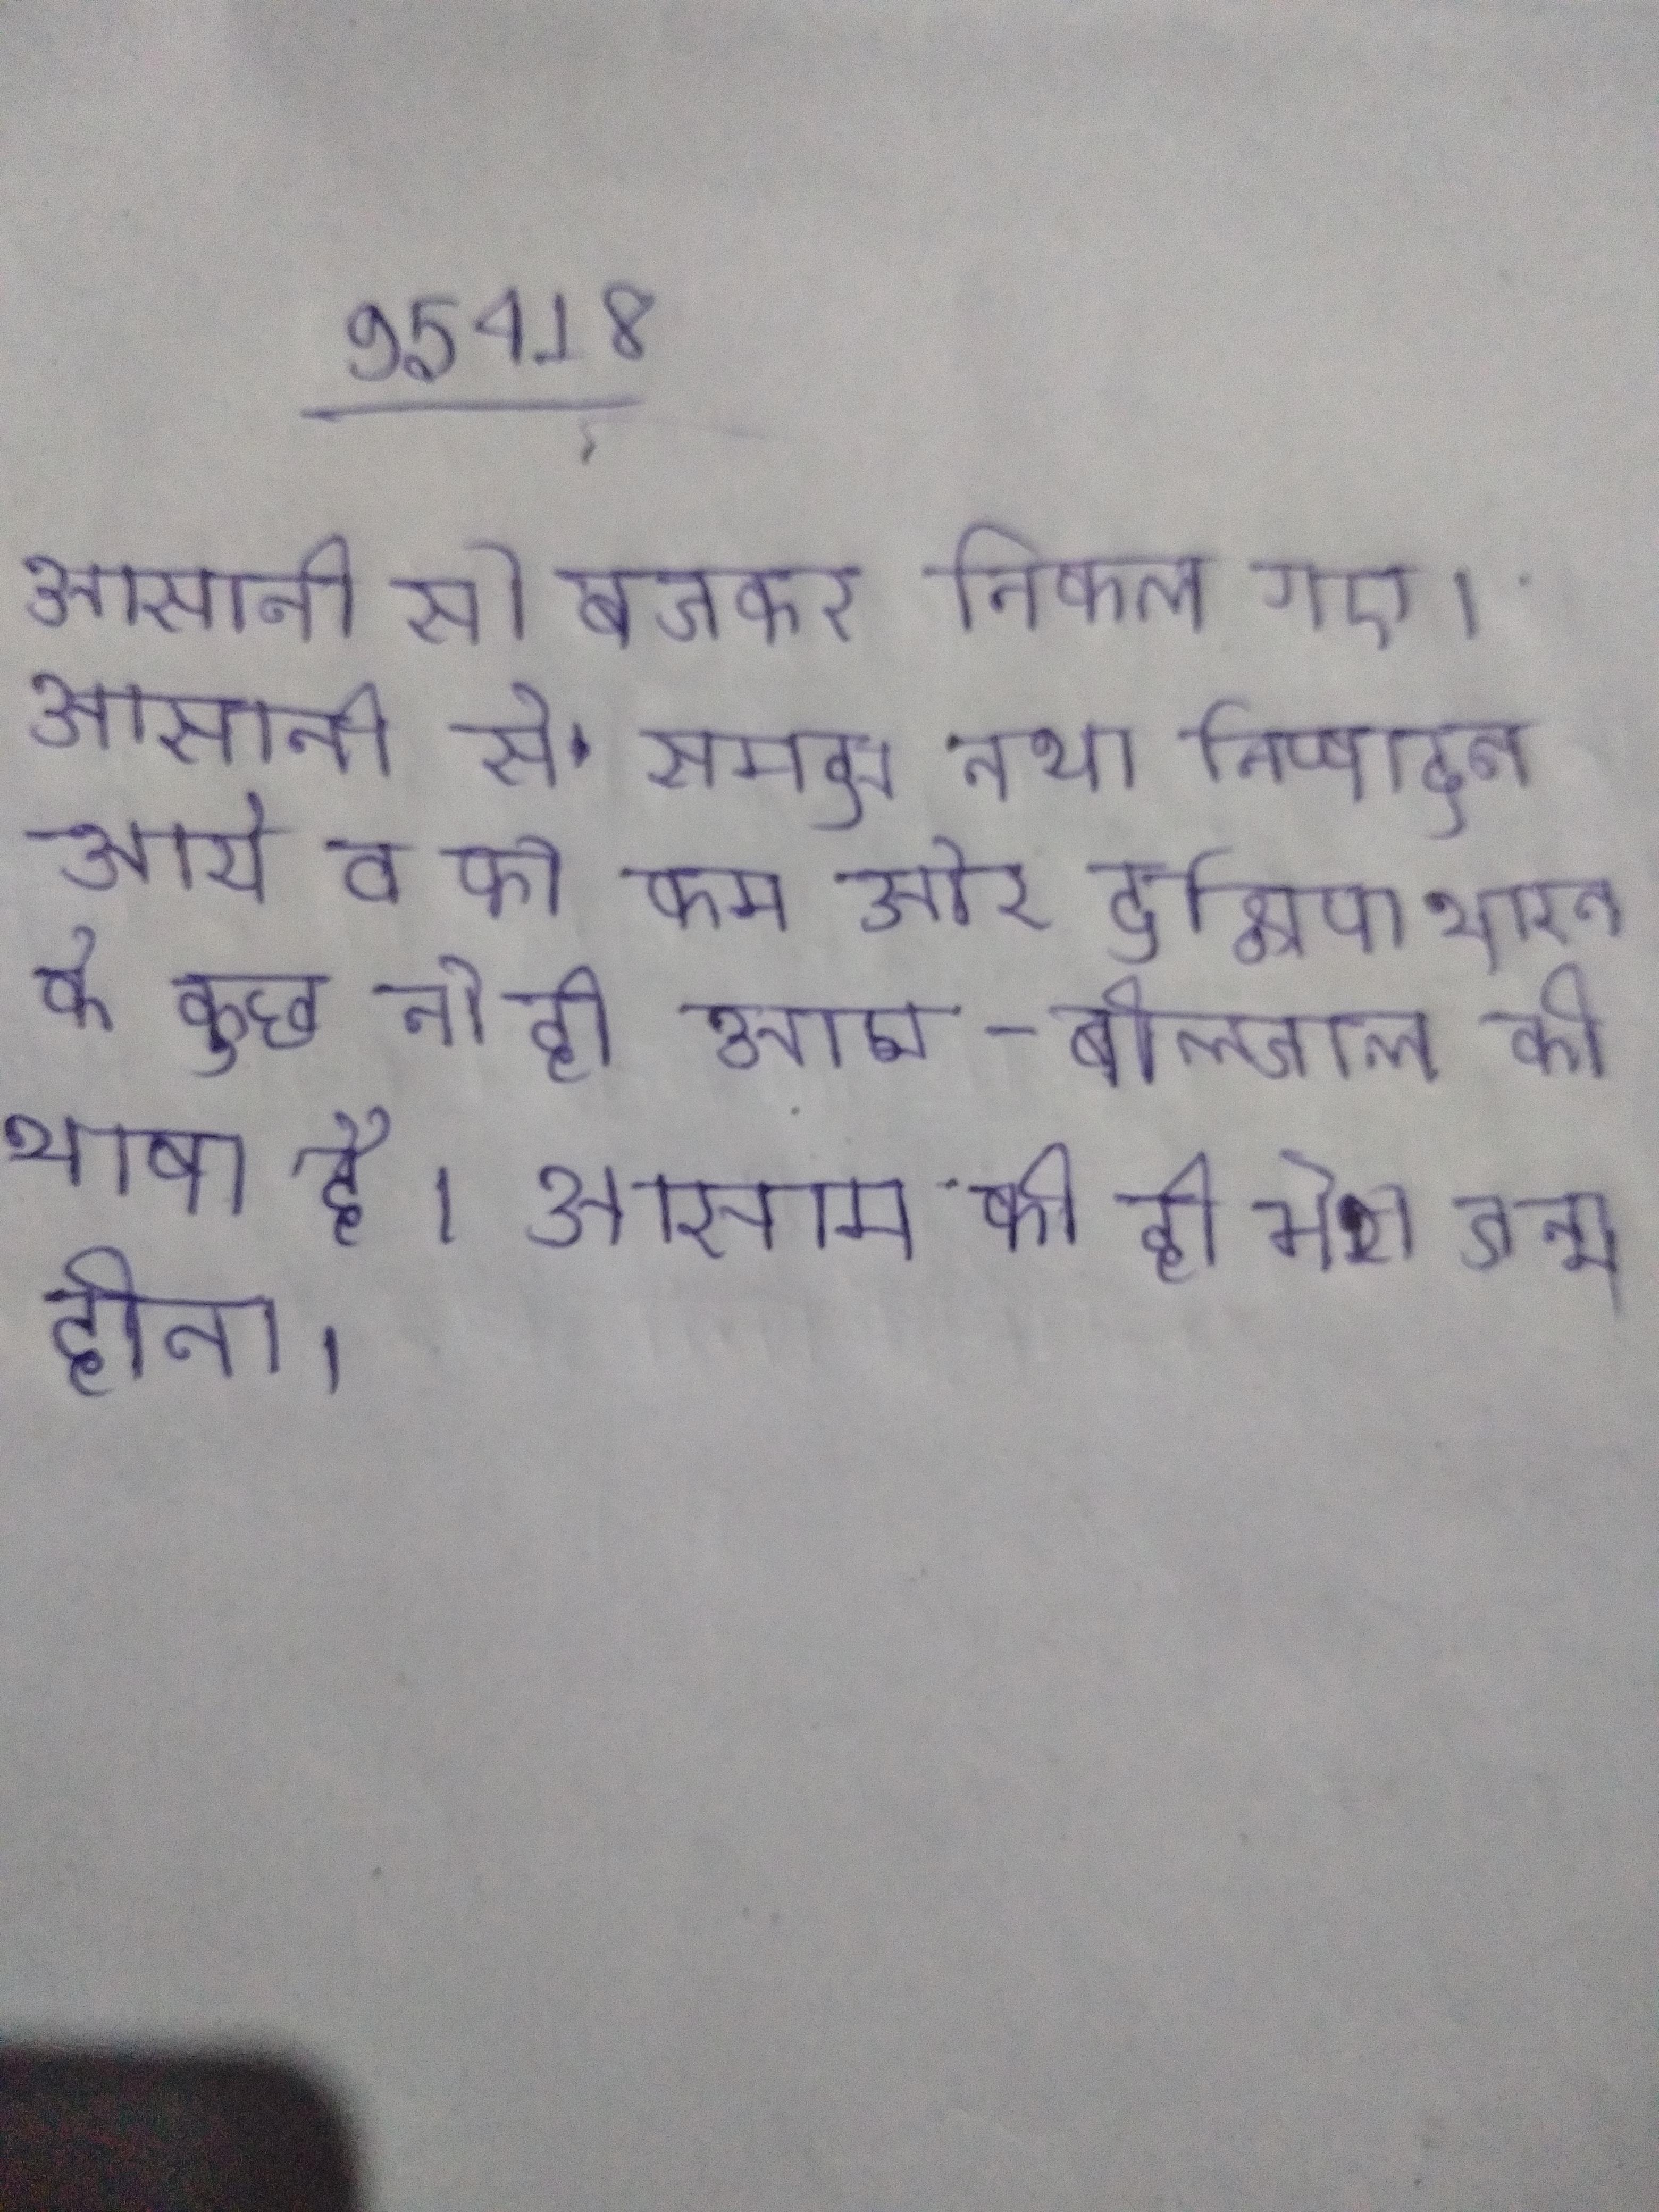
आसानी से बचकर निकल गए । आसानी से समझ तथा निष्पादन अधिक लागत न आये व को कम किया जा सके । आसाम और दक्षिण भारत के कुछ तो ही आम-बोलचाल की भाषा है । आसाम की ही मेरा जन्म होता ।